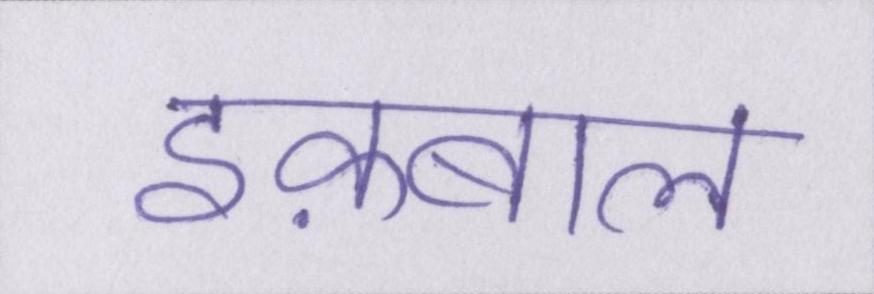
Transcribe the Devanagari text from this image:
इक़बाल